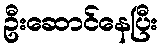
ဦးဆောင်နေပြီး